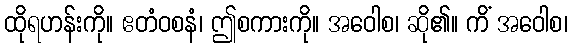
ထိုရဟန်းကို။ ဧတံဝစနံ၊ ဤစကားကို။ အဝေါစ၊ ဆို၏။ ကိံ အဝေါစ၊